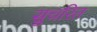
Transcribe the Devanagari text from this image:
सुचरित